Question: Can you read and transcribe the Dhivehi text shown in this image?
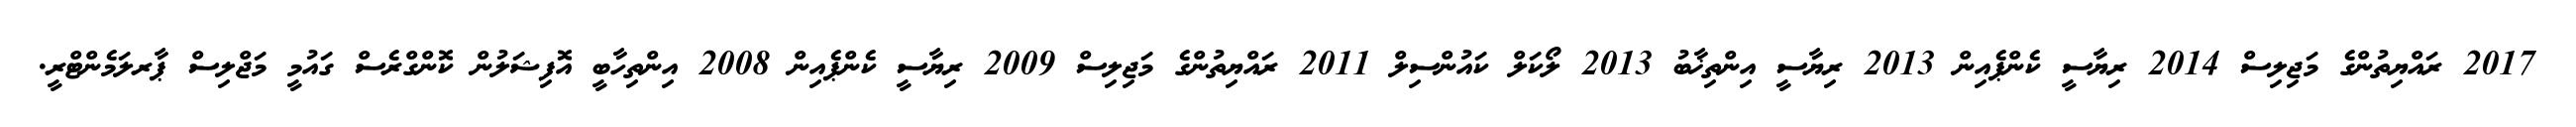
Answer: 2017 ރައްޔިތުންގެ މަޖިލިސް 2014 ރިޔާސީ ކެންޕެއިން 2013 ރިޔާސީ އިންތިޚާބު 2013 ލޯކަލް ކައުންސިލް 2011 ރައްޔިތުންގެ މަޖިލިސް 2009 ރިޔާސީ ކެންޕެއިން 2008 އިންތިހާބީ އޮފިޝަލުން ކޮންގްރެސް ގައުމީ މަޖްލިސް ޕާރލަމެންޓްރީ.